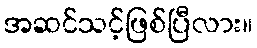
အဆင်သင့်ဖြစ်ပြီလား။